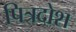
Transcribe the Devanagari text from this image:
पित्रदोश